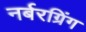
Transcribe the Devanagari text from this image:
नर्बरग्रिंग